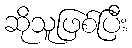
ဆိုသူဖြစ်ပြီး